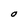
Character: O